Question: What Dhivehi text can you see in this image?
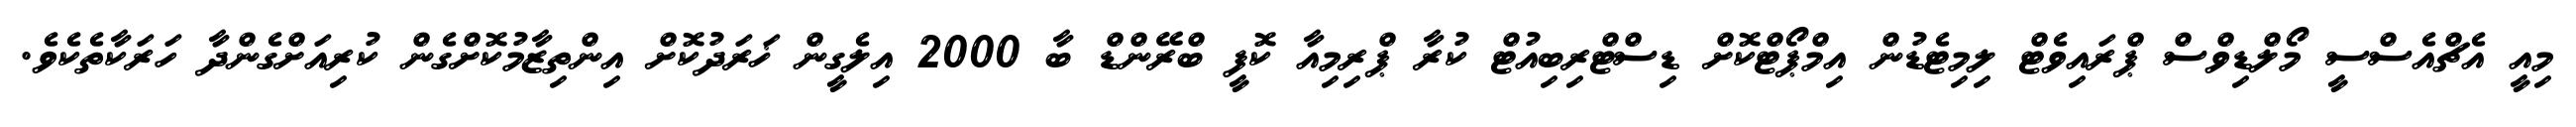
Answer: މިއީ އެޗްއެސްސީ މޯލްޑިވްސް ޕްރައިވެޓް ލިމިޓެޑުން އިމްޕޯޓްކޮށް ޑިސްޓްރިބިއުޓް ކުރާ ޕްރިމިއާ ކޮފީ ބްރޭންޑް ބާ 2000 އިލެގީން ޚަރަދުކޮށް އިންތިޒާމުކޮށްގެން ކުރިއަށްގެންދާ ހަރަކާތެކެވެ.